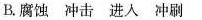
B.腐蚀 冲击 进入 冲刷